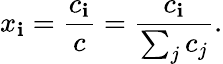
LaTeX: x_{\mathbf{i}}={\frac{{c_{\mathbf{i}}}}{{c}}}={\frac{{c_{\mathbf{i}}}}{{\sum_{j}c_{j}}}}.